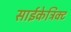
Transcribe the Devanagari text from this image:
साईकेट्रिक्ट